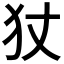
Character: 𭷹